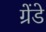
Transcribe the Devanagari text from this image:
ग्रेंडे